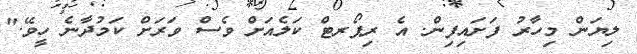
ލިޔަން މިހާރު ފަށައިފިން. އެ ރިޕޯރޓް ކަލެއަށް ވެސް ވަރަށް ކަމުދާނެ ހީވޭ."